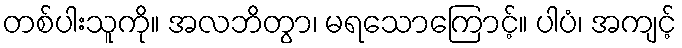
တစ်ပါးသူကို။ အလဘိတွာ၊ မရသောကြောင့်။ ပါပံ၊ အကျင့်